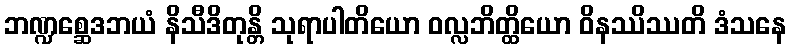
ဘဏ္ဍစ္ဆေဒဘယံ နိသီဒိတုန္တိ သုရာပါတိယော ဝလ္လဘိတ္ထိယော ဝိနဿိဿတိ ဒံသနေ